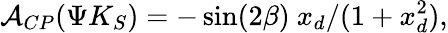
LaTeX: {\cal A}_{CP}(\Psi K_{S})=-\sin(2\beta)\ x_{d}/(1+x_{d}^{2}),